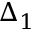
\Delta _ { 1 }